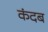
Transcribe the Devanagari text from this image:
कंदब